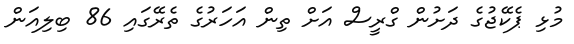
މުޅި ޕެކޭޖުގެ ދަށުން ގްރީސް އަށް ތިން އަހަރުގެ ތެރޭގައި 86 ބިލިއަން